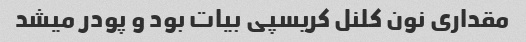
مقداری نون کلنل کریسپی بیات بود و پودر میشد